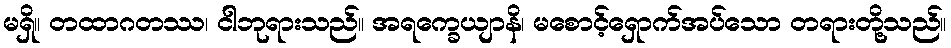
မရှိ။ တထာဂတဿ၊ ငါဘုရားသည်။ အရက္ခေယျာနိ၊ မစောင့်ရှောက်အပ်သော တရားတို့သည်။